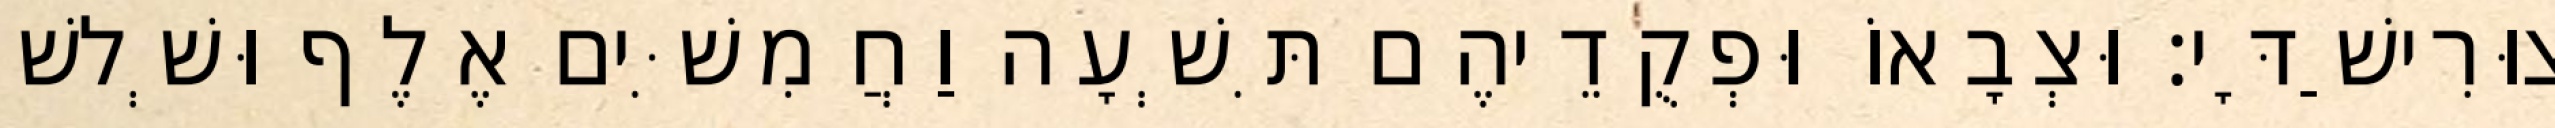
צוּרִישַׁדָּי׃ וּצְבָאוֹ וּפְקֻדֵיהֶם תִּשְׁעָה וַחֲמִשִּׁים אֶלֶף וּשְׁלשׁ